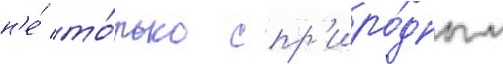
н'е́ то́лько с пр'иро́дным